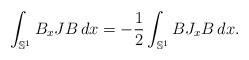
LaTeX: \begin{align*}\int_{\mathbb S^1} B_xJB\, dx=-\frac12\int_{\mathbb S^1} BJ_xB\, dx.\end{align*}